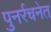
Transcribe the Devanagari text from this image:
पुनर्रचनेत